Report on horse surra - Volume I
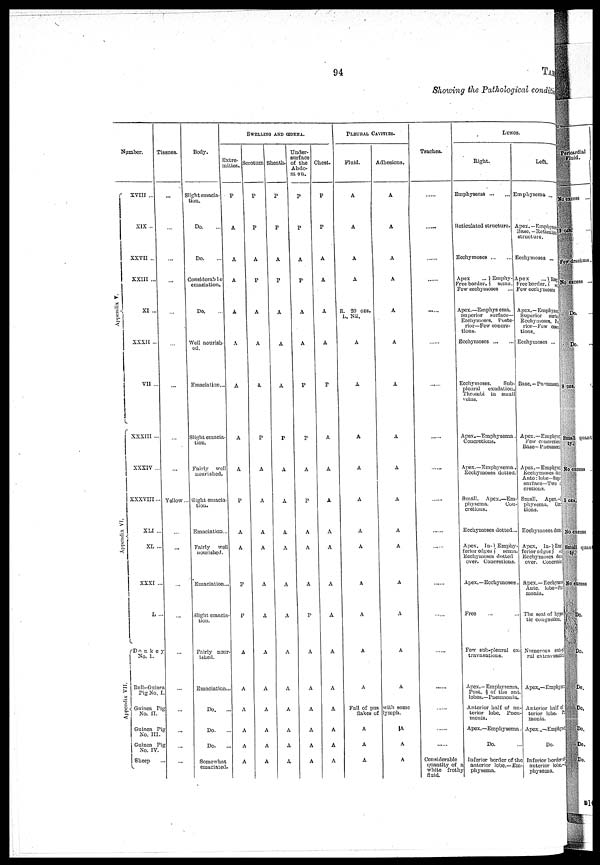
94
TABLE
Showing the Pathological conditlt
Number.
Appendix V.
Appendix VI.
Appendix VII
XVIII ...
XIX ..
XXVII ...
XXIII ...
XI ...
XXXII ...
VII ...
XXXIII ...
XXXIV ...
XXXVIII ...
XLI ...
XL ...
XXXI ...
L ...
Donkey
No. 1.
Bull-Guiu
Pig No.I
Guinea Pig
No. II.
Guinea Pig
No. III
Guinea Pig
No. IV
Sheep ...
Tissues.
...
...
...
...
...
...
...
...
...
Yellow ...
...
...
...
...
...
...
...
...
...
...
Body.
Slight emacia¬
tion.
Do. ...
Do. ...
Considerable
emaeiation.
Do. ...
Well nourish¬
ed.
Emaciation ...
Slight emacia¬
tion.
Fairly well
uourished
Slight emacia
tion.
Emaciation
Fairly well
nourishe
Emaciation ...
Slight em
tion.
Fairly nour-
ishod.
Emaciation ...
Do. ...
Do. ...
Do. ...
Somewhat
emaciated.
SWELLING AND ŒDBMA.
Extre¬
initios.
P
A
A
A
A
A
...
A
A
A
P
A
A
P
P
A
A
A
A
A
A
Scrotum
P
P
A
P
A
A
A
P
A
A
A
A
A
A
A
A
A
A
A
A
Sheath
P
P
A
P
A
A
A
P
A
A
A
A
A
A
A
A
A
A
A
A
Under
surface
of the
Abdo¬
men
P
P
A
P
A
A
P
P
A
P
A
A
A
P
A
A
A
A
A
A
Chest.
P
P
A
A
A
A
P
A
A
A
A
A
A
A
A
A
A
A
A
A
PLEURAL CAVITIES.
Fluid.
A
A
A
A
R. 20 ozs.
L. Nil.
A
A
A
A
A
A
A
A
A
A
A
Full of pus
flakes of
A
A
A
Adhosions.
A
A
A
A
A
A
A
A
A
A
A
A
A
A
A
A
with some
lymph.
A
A
A
Trachea.
......
......
......
......
......
......
......
......
......
......
......
......
......
......
......
......
......
......
Considorable
quantity of a
white frothy
fluid.
LUNGS.
Right.
Emphysema ... ...
Reticulatcd structure.
Ecchymoscs
Apex
... } Emphy
Free border.} sema
Few ecchymoses
Apex.—Emphys ema.
Superior surface-
Ecchymnsrs. I'oste
rior—Few concre-
tions.
Ecchymoscs ... ...
Ecchymoses.
Sub
pleural
exudatio
Thrumbi in small
veins.
Apex.—Emphysema
Concretions.
Apex.—Emphysema
Ecchymoses dotted
Small. Apex.—Em¬
physema. Con¬
cretions.
Ecchymoscs dotted ...
Apex, Iu- } Empby¬
i'erior edges semn¬
Ecchymoscs dotted
over. Concretions
Apex.—Ecchymoses
Free ...
Fow sub-pleural ex¬
travasations.
Apex.- Emphy sema,
Post. 2/3 of thelobes.—Pncumouia¬
Anterior half of an¬
terior lobe. Pneu¬
monin.
Apex.—Emphysema.
Do. ...
Inferior border of the
anterior lobe. -Em¬
physema.
Left.
Emphysema ...
Apex. —Einphym,
Base.-Reticular
structure.
Ecchymoses ...
Apex
... } Emhpy
Free
border.
Few cccbymoses
Apex.—Emphysema
Superior surfc
Eccliynioses.
rior—Few concre
tions.
Ecchymoscs ...
Base.—Pnumoni
Apex.—Empliyse
Few concretion
Base- Pueunioni
Apex.—Empliyse
Ecchynioses dec
Ante: lobe-Sup
surface—Two t
cretions.
Small. Apex.-
physema. Con¬
tions.
Ecchymoses doit?
Apex, In } Emf:
ferior edges; }
EcchymoBes doc
over. Concrete
Apex.—Eccbyms
Ante. lobe-PE
monia.
The seat of hypetic congestion
Numerous sub-
ral extravasation.
Apex.—Emphys
Anterior half of
terior lobe. P
monia.
Apox.-Emphys
Do.
Inferior border
antorior lobe-
physema.